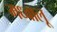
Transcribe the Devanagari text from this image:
मध्वालू